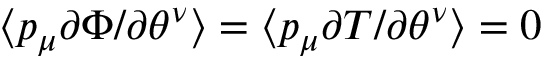
\langle p _ { \mu } \partial \Phi / \partial \theta ^ { \nu } \rangle = \langle p _ { \mu } \partial T / \partial \theta ^ { \nu } \rangle = 0